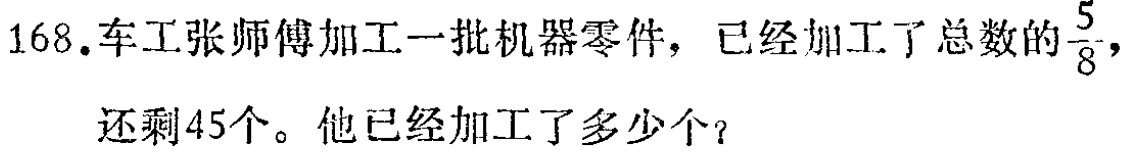
168.车工张师傅加工一批机器零件，已经加工了总数的$\frac{5}{8}$，还剩45个。他已经加工了多少个？